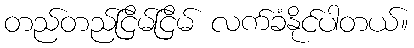
တည်တည်ငြိမ်ငြိမ် လက်ခံနိုင်ပါတယ်။